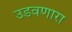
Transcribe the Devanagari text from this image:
उडवणारा